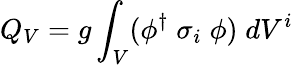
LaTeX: Q_{V}=g\int_{V}(\phi^{\dagger}\; \sigma_{i}\; \phi)\; dV^{i}